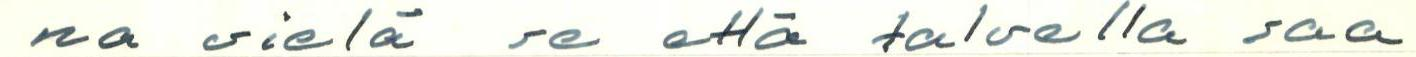
na vielä se että talvella saa